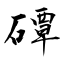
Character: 磹